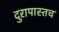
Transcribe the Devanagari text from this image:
दुरापास्तच